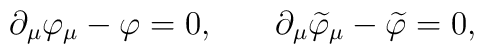
\partial _\mu \varphi _\mu -\varphi =0 ,\hspace{0.3in}\partial _\mu \widetilde{\varphi }_\mu -\widetilde{\varphi }=0 ,